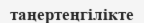
таңертеңгілікте